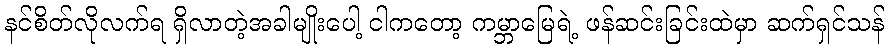
နင်စိတ်လိုလက်ရ ရှိလာတဲ့အခါမျိုးပေါ့ ငါကတော့ ကမ္ဘာမြေရဲ့ ဖန်ဆင်းခြင်းထဲမှာ ဆက်ရှင်သန်